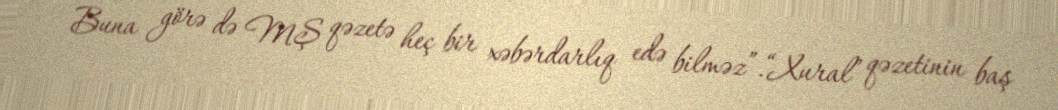
Buna görə də MŞ qəzetə heç bir xəbərdarlıq edə bilməz”.“Xural” qəzetinin baş